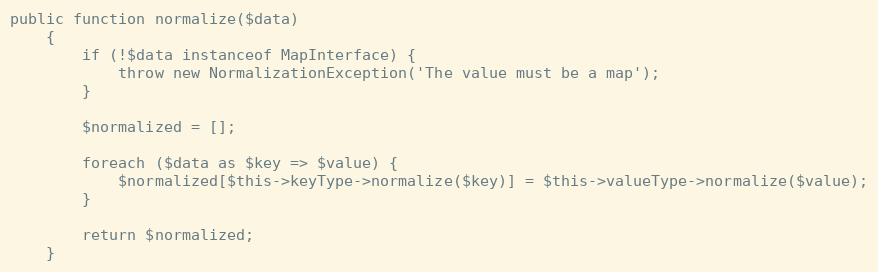
Language: PHP
public function normalize($data)
    {
        if (!$data instanceof MapInterface) {
            throw new NormalizationException('The value must be a map');
        }

        $normalized = [];

        foreach ($data as $key => $value) {
            $normalized[$this->keyType->normalize($key)] = $this->valueType->normalize($value);
        }

        return $normalized;
    }